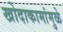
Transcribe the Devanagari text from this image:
खोदाकामांमुळे